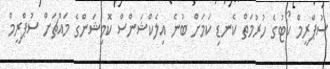
ސުޕްރީމް ކޯޓުގެ ހުރުމަތް ކެނޑި ކަމަށް ބުނެ އިލެކްޝަންސް ކޮމިޝަންގެ މައްޗަށް ސުޕްރީމް